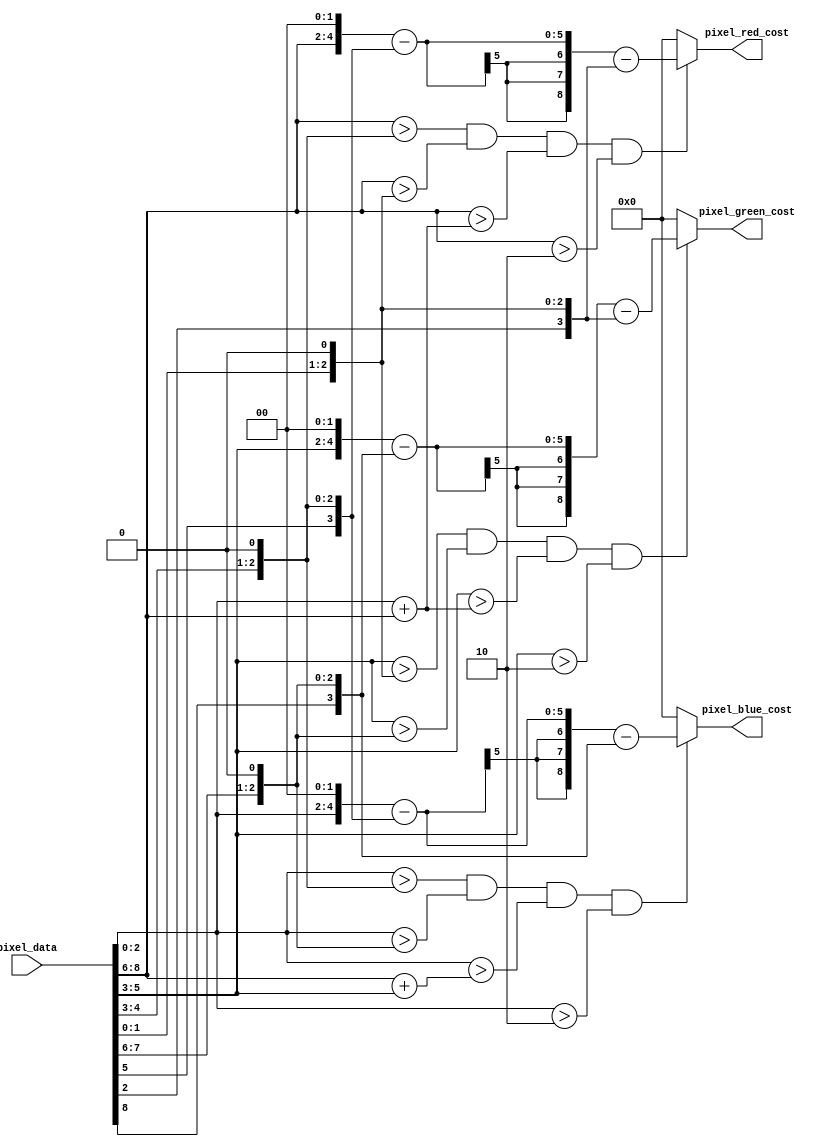
`timescale 1ns / 1ps
//////////////////////////////////////////////////////////////////////////////////
// Company: 
// Engineer: 
// 
// Design Name: 
// Module Name:    pixel_cost_function 
// Project Name: 
// Target Devices: 
// Tool versions: 
// Description: 
//
// Dependencies: 
//
// Revision: 
// Revision 0.01 - File Created
// Additional Comments: 
//
//////////////////////////////////////////////////////////////////////////////////
module pixel_cost_function(
	input [8:0] pixel_data,
	output [8:0] pixel_red_cost,
	output [8:0] pixel_green_cost,
	output [8:0] pixel_blue_cost
    );
	
	wire [2:0] red = pixel_data[8:6];
	wire [2:0] green = pixel_data[5:3];
	wire [2:0] blue = pixel_data[2:0];
	
	
	assign pixel_red_cost = ((red>(green<<1)) && (red>(blue<<1)) && (red>(blue+red)) && (red>2)) ?
									(red<<2)-(green<<1)-(blue<<1) : 0;
									
	assign pixel_blue_cost = ((blue>(green<<1)) && (blue>(red<<1)) && (blue>(red+green)) && (blue>2)) ?
									(blue<<2) - (green<<1) - (red<<1) : 0;
									
	assign pixel_green_cost = ((green>(blue<<1)) && (green>(red<<1)) && (green>(red+blue)) &&(green>2)) ?
									(green<<2) - (red<<1) - (blue<<1) : 0;
	
	/*
	assign pixel_red_cost = ((red>=(green<<1)) && (red>=(blue<<1))) ? red : 0;
	assign pixel_blue_cost = ((blue>=(green<<1)) && (blue>=(red<<1))) ? blue : 0;
	assign pixel_green_cost = ((green>=(blue<<1)) && (green>=(red<<1))) ? green: 0;
	*/
	

endmodule